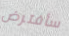
سأفترض